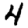
Digit: 4